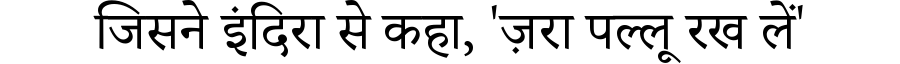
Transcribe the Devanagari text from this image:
जिसने इंदिरा से कहा, 'ज़रा पल्लू रख लें'